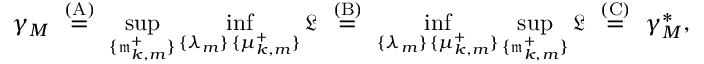
\gamma _ { M } ~ \stackrel { \mathrm { ( A ) } } { = } ~ \operatorname* { s u p } _ { \{ \mathfrak { m } _ { k , m } ^ { + } \} } \operatorname* { i n f } _ { \substack { \{ \lambda _ { m } \} \, \{ \mu _ { k , m } ^ { + } \} } } \mathfrak { L } ~ \stackrel { \mathrm { ( B ) } } { = } ~ \operatorname* { i n f } _ { \substack { \{ \lambda _ { m } \} \, \{ \mu _ { k , m } ^ { + } \} } } \operatorname* { s u p } _ { \{ \mathfrak { m } _ { k , m } ^ { + } \} } \mathfrak { L } ~ \stackrel { \mathrm { ( C ) } } { = } ~ \gamma _ { M } ^ { \ast } ,